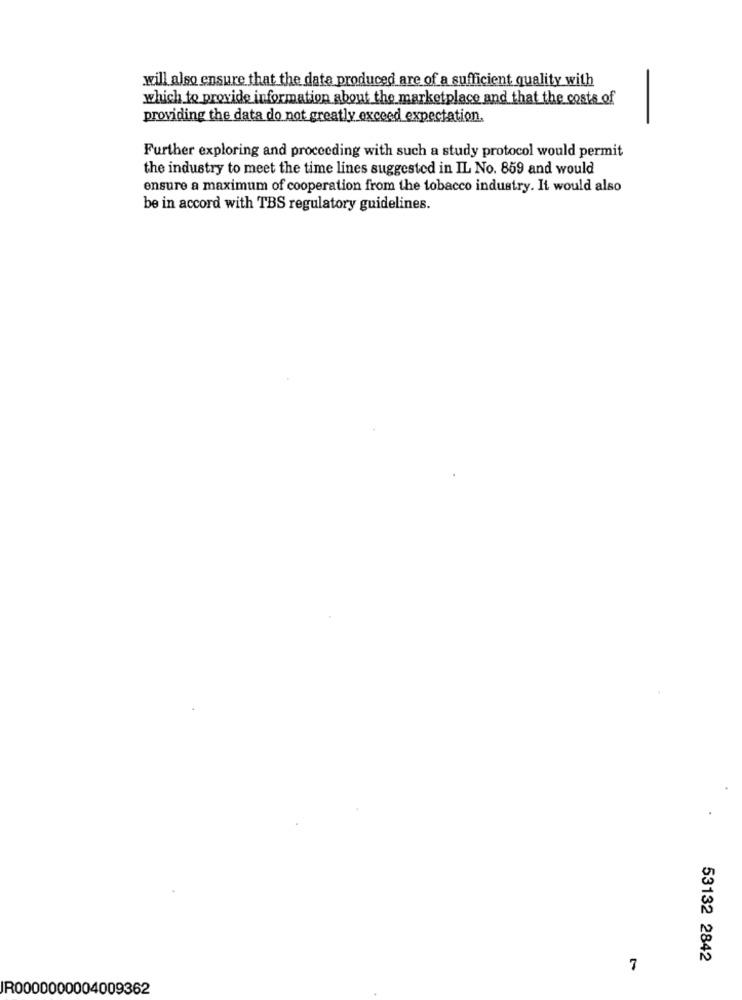
will also ensure that the data produced are of a sufficient quality with
which to provide information about the marketplace and that the costs of
providing the data do not greatly exceed expectation.
Further exploring and proceeding with such a study protocol would permit
the industry to meet the time lines suggested in IL No. 859 and would
ensure a maximum of cooperation from the tobacco industry. It would also
be in accord with TBS regulatory guidelines.
53132 2842
IR0000000004009362